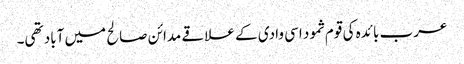
عرب بائدہ کی قوم ثمود اسی وادی کے علاقے مدائن صالح میں آباد تھی۔